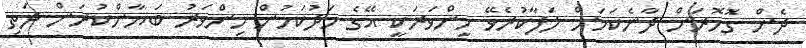
ދެން ގޮހޮރަށް ދާނެކަމަށް ލަފާކުރެވޭ މިންވަރަކީ އޭގެ މަދުކަމުން މިންވަރު ބަޔާންކުރަން ދަތި